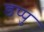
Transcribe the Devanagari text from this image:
डप्पु